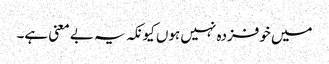
میں خوفزدہ نہیں ہوں کیونکہ یہ بے معنی ہے۔